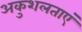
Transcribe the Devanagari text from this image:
अकुशलताएं